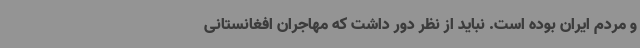
و مردم ایران بوده است. نباید از نظر دور داشت که مهاجران افغانستانی